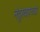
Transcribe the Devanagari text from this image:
नंदुरबारच्या